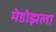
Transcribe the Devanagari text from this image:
मेडोझला